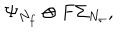
\Psi _ { N _ { f } } \otimes F \Sigma _ { N _ { \sigma } } ,